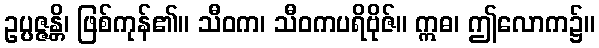
ဥပ္ပဇ္ဇန္တိ၊ ဖြစ်ကုန်၏။ သီဝက၊ သီဝကပရိဗိုဇ်။ ဣဓ၊ ဤလောက၌။